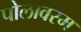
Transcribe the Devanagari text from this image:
पोलावरम